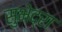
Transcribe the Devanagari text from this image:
सुभेद्रा